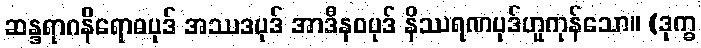
ဆန္ဒရာဂနိရောဓပုဒ် အဿဒပုဒ် အာဒီနဝပုဒ် နိဿရဏပုဒ်ဟူကုန်သော။ (ဒုက္ခ